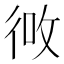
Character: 𪫎